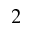
_ 2